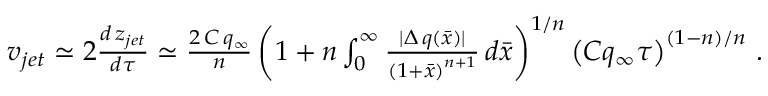
\begin{array} { r l } & { v _ { j e t } \simeq 2 \frac { d \, z _ { j e t } } { d \tau } \simeq \frac { 2 \, C \, q _ { \infty } } { n } \left( 1 + n \int _ { 0 } ^ { \infty } \frac { | \Delta \, q ( \bar { x } ) | } { \left( 1 + \bar { x } \right) ^ { n + 1 } } \, d \bar { x } \right) ^ { 1 / n } \left( C q _ { \infty } \tau \right) ^ { ( 1 - n ) / n } \, . } \end{array}